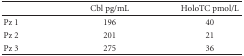
<table><thead><tr><td></td><td><b>Cbl pg/mL</b></td><td><b>HoloTC pmol/L</b></td></tr></thead><tbody><tr><td>Pz 1</td><td>196</td><td>40</td></tr><tr><td>Pz 2</td><td>201</td><td>21</td></tr><tr><td>Pz 3</td><td>275</td><td>36</td></tr></tbody></table>